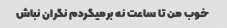
خوب من تا ساعت نه برمیگردم نگران نباش